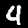
Digit: 4